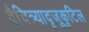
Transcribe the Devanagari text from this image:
वैचित्र्यादृजुकुटिल